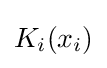
K_{i}(x_{i})